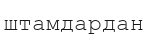
штамдардан